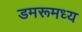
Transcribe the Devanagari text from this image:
डमरूमध्य